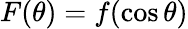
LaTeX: F(\theta)=f(\cos\theta)